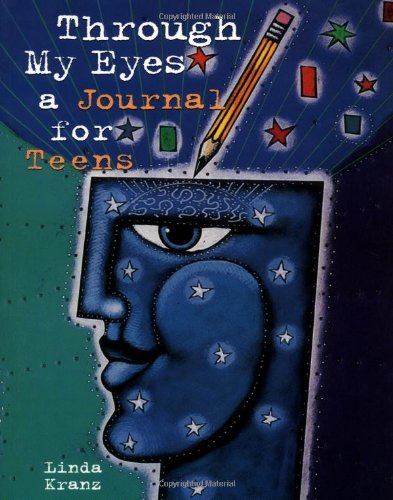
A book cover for Through My Eyes: A Journal for Teens; Linda Kranz; Teen & Young Adult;